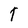
Character: T